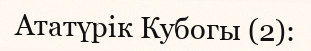
Ататүрік Кубогы (2):